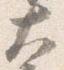
大